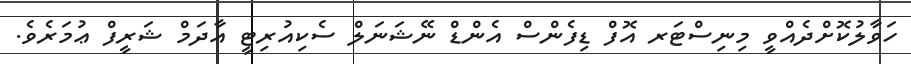
ހަވާލުކޮށްދެއްވީ މިނިސްޓަރ އޮފް ޑިފެެންސް އެންޑް ނޭޝަނަލް ސެކިއުރިޓީ އާދަމް ޝަރީފް ޢުމަރެވެ.